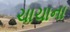
ચાચાના